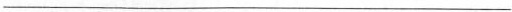
___